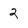
Character: 2